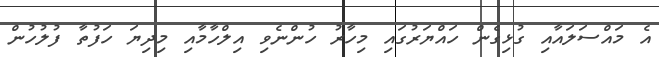
އެ މައްސަލައާއި ގުޅިގެން ހައްޔަރުގައި މިހާރު ހުންނެވި އިލްހާމާއި މިދިޔަ ހަފުތާ ފުލުހުން